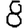
Digit: 8